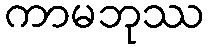
ကာမဘုဿ